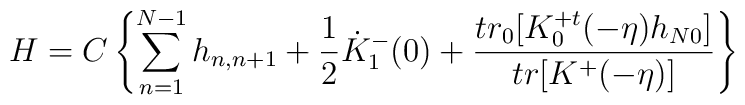
H=C\left\{\sum^{N-1}_{n=1}h_{n,n+1}+\frac{1}{2} \dot{K}^{-}_{1}(0)+\frac{tr_{0}[K^{+t}_{0}(-\eta)h_{N0}]}{tr[K^{+}(-\eta)]}\right\}